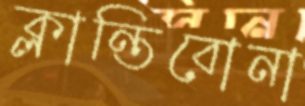
ক্লান্তিবোনা